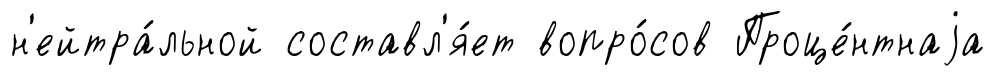
н'ейтра́льной составл'я́ет вопро́сов Проце́нтнаjа